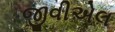
જીવીએલ